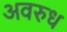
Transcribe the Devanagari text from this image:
अवरुध